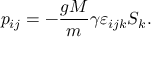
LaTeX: p _ { i j } = - \frac { g M } { m } \gamma \varepsilon _ { i j k } S _ { k } .